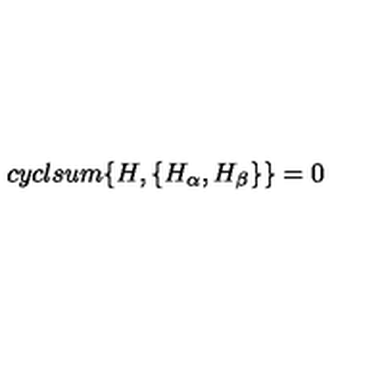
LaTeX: c y c l s u m \{ H , \{ H _ { \alpha } , H _ { \beta } \} \} = 0